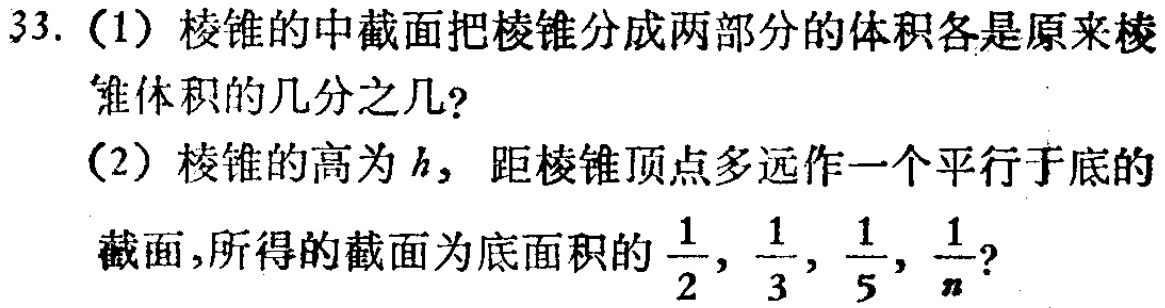
33.（1）棱锥的中截面把棱锥分成两部分的体积各是原来棱锥体积的几分之几？
（2）棱锥的高为\(h\)，距棱锥顶点多远作一个平行于底的截面，所得的截面为底面积的\(\frac{1}{2},\frac{1}{3},\frac{1}{5},\frac{1}{n}\)？